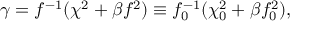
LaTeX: \gamma = f ^ { - 1 } ( \chi ^ { 2 } + \beta f ^ { 2 } ) \equiv f _ { 0 } ^ { - 1 } ( \chi _ { 0 } ^ { 2 } + \beta f _ { 0 } ^ { 2 } ) ,